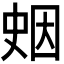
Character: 𪡖